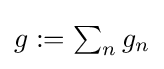
{\textstyle g:=\sum _{n}g_{n}}